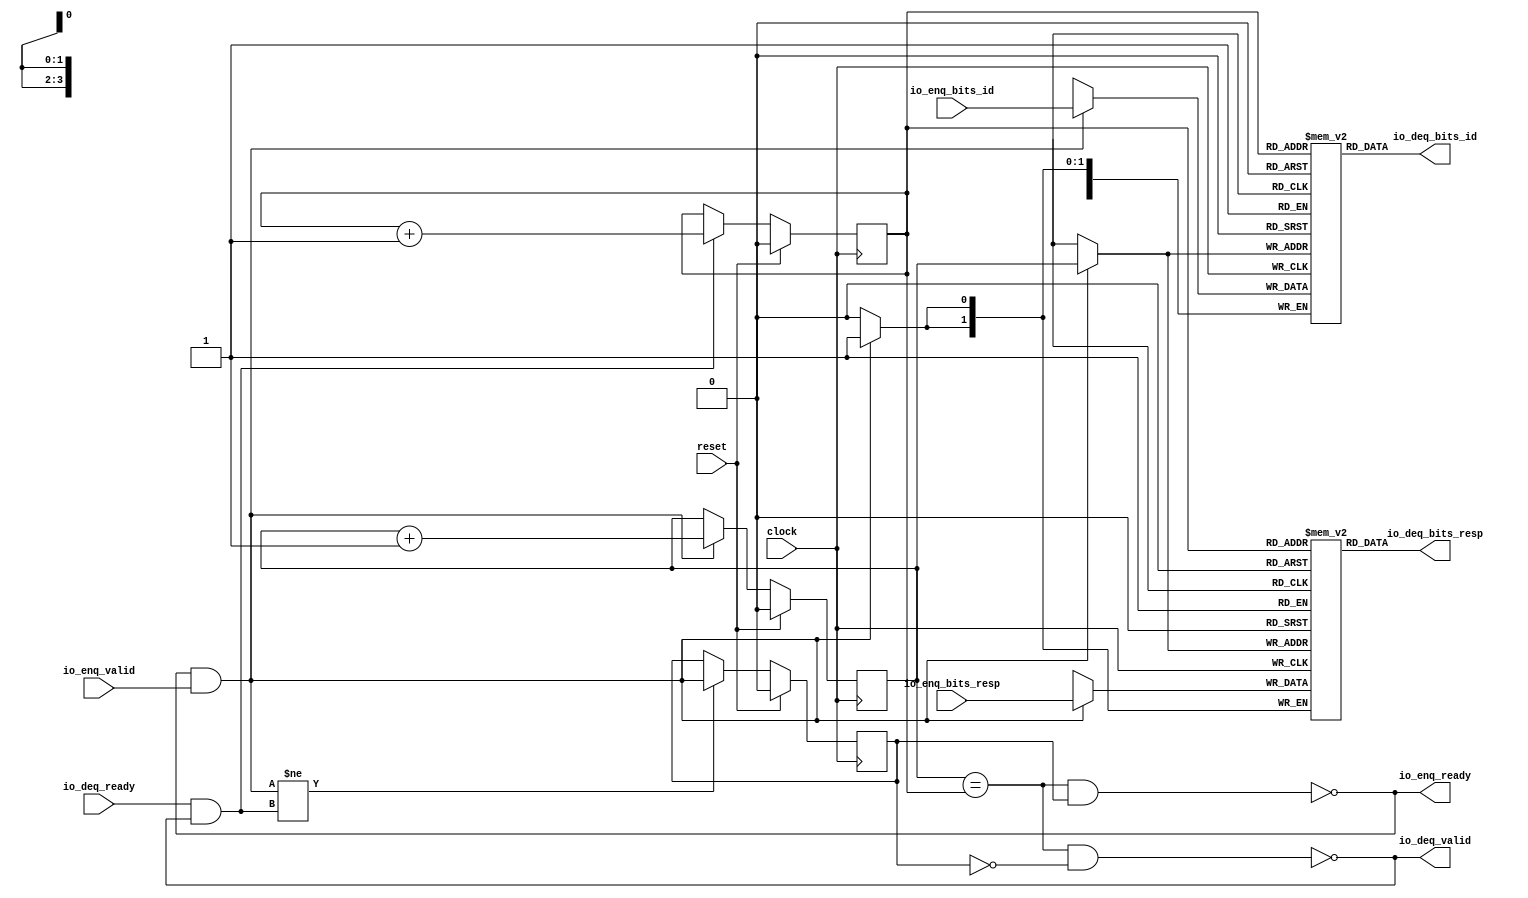
module Queue_2( // @[:freechips.rocketchip.system.DefaultRV32Config.fir@22471.2]
  input        clock, // @[:freechips.rocketchip.system.DefaultRV32Config.fir@22472.4]
  input        reset, // @[:freechips.rocketchip.system.DefaultRV32Config.fir@22473.4]
  output       io_enq_ready, // @[:freechips.rocketchip.system.DefaultRV32Config.fir@22474.4]
  input        io_enq_valid, // @[:freechips.rocketchip.system.DefaultRV32Config.fir@22474.4]
  input  [3:0] io_enq_bits_id, // @[:freechips.rocketchip.system.DefaultRV32Config.fir@22474.4]
  input  [1:0] io_enq_bits_resp, // @[:freechips.rocketchip.system.DefaultRV32Config.fir@22474.4]
  input        io_deq_ready, // @[:freechips.rocketchip.system.DefaultRV32Config.fir@22474.4]
  output       io_deq_valid, // @[:freechips.rocketchip.system.DefaultRV32Config.fir@22474.4]
  output [3:0] io_deq_bits_id, // @[:freechips.rocketchip.system.DefaultRV32Config.fir@22474.4]
  output [1:0] io_deq_bits_resp // @[:freechips.rocketchip.system.DefaultRV32Config.fir@22474.4]
);
`ifdef RANDOMIZE_MEM_INIT
  reg [31:0] _RAND_0;
  reg [31:0] _RAND_1;
`endif // RANDOMIZE_MEM_INIT
`ifdef RANDOMIZE_REG_INIT
  reg [31:0] _RAND_2;
  reg [31:0] _RAND_3;
  reg [31:0] _RAND_4;
`endif // RANDOMIZE_REG_INIT
  reg [3:0] ram_id [0:1]; // @[Decoupled.scala 209:16:freechips.rocketchip.system.DefaultRV32Config.fir@22476.4]
  wire [3:0] ram_id__T_15_data; // @[Decoupled.scala 209:16:freechips.rocketchip.system.DefaultRV32Config.fir@22476.4]
  wire  ram_id__T_15_addr; // @[Decoupled.scala 209:16:freechips.rocketchip.system.DefaultRV32Config.fir@22476.4]
  wire [3:0] ram_id__T_5_data; // @[Decoupled.scala 209:16:freechips.rocketchip.system.DefaultRV32Config.fir@22476.4]
  wire  ram_id__T_5_addr; // @[Decoupled.scala 209:16:freechips.rocketchip.system.DefaultRV32Config.fir@22476.4]
  wire  ram_id__T_5_mask; // @[Decoupled.scala 209:16:freechips.rocketchip.system.DefaultRV32Config.fir@22476.4]
  wire  ram_id__T_5_en; // @[Decoupled.scala 209:16:freechips.rocketchip.system.DefaultRV32Config.fir@22476.4]
  reg [1:0] ram_resp [0:1]; // @[Decoupled.scala 209:16:freechips.rocketchip.system.DefaultRV32Config.fir@22476.4]
  wire [1:0] ram_resp__T_15_data; // @[Decoupled.scala 209:16:freechips.rocketchip.system.DefaultRV32Config.fir@22476.4]
  wire  ram_resp__T_15_addr; // @[Decoupled.scala 209:16:freechips.rocketchip.system.DefaultRV32Config.fir@22476.4]
  wire [1:0] ram_resp__T_5_data; // @[Decoupled.scala 209:16:freechips.rocketchip.system.DefaultRV32Config.fir@22476.4]
  wire  ram_resp__T_5_addr; // @[Decoupled.scala 209:16:freechips.rocketchip.system.DefaultRV32Config.fir@22476.4]
  wire  ram_resp__T_5_mask; // @[Decoupled.scala 209:16:freechips.rocketchip.system.DefaultRV32Config.fir@22476.4]
  wire  ram_resp__T_5_en; // @[Decoupled.scala 209:16:freechips.rocketchip.system.DefaultRV32Config.fir@22476.4]
  reg  _T; // @[Counter.scala 29:33:freechips.rocketchip.system.DefaultRV32Config.fir@22477.4]
  reg  _T_1; // @[Counter.scala 29:33:freechips.rocketchip.system.DefaultRV32Config.fir@22478.4]
  reg  maybe_full; // @[Decoupled.scala 212:27:freechips.rocketchip.system.DefaultRV32Config.fir@22479.4]
  wire  ptr_match; // @[Decoupled.scala 214:33:freechips.rocketchip.system.DefaultRV32Config.fir@22480.4]
  wire  _T_2; // @[Decoupled.scala 215:28:freechips.rocketchip.system.DefaultRV32Config.fir@22481.4]
  wire  empty; // @[Decoupled.scala 215:25:freechips.rocketchip.system.DefaultRV32Config.fir@22482.4]
  wire  full; // @[Decoupled.scala 216:24:freechips.rocketchip.system.DefaultRV32Config.fir@22483.4]
  wire  do_enq; // @[Decoupled.scala 40:37:freechips.rocketchip.system.DefaultRV32Config.fir@22484.4]
  wire  do_deq; // @[Decoupled.scala 40:37:freechips.rocketchip.system.DefaultRV32Config.fir@22487.4]
  wire  _T_8; // @[Counter.scala 39:22:freechips.rocketchip.system.DefaultRV32Config.fir@22496.6]
  wire  _T_11; // @[Counter.scala 39:22:freechips.rocketchip.system.DefaultRV32Config.fir@22502.6]
  wire  _T_12; // @[Decoupled.scala 227:16:freechips.rocketchip.system.DefaultRV32Config.fir@22505.4]
  assign ram_id__T_15_addr = _T_1;
  assign ram_id__T_15_data = ram_id[ram_id__T_15_addr]; // @[Decoupled.scala 209:16:freechips.rocketchip.system.DefaultRV32Config.fir@22476.4]
  assign ram_id__T_5_data = io_enq_bits_id;
  assign ram_id__T_5_addr = _T;
  assign ram_id__T_5_mask = 1'h1;
  assign ram_id__T_5_en = io_enq_ready & io_enq_valid;
  assign ram_resp__T_15_addr = _T_1;
  assign ram_resp__T_15_data = ram_resp[ram_resp__T_15_addr]; // @[Decoupled.scala 209:16:freechips.rocketchip.system.DefaultRV32Config.fir@22476.4]
  assign ram_resp__T_5_data = io_enq_bits_resp;
  assign ram_resp__T_5_addr = _T;
  assign ram_resp__T_5_mask = 1'h1;
  assign ram_resp__T_5_en = io_enq_ready & io_enq_valid;
  assign ptr_match = _T == _T_1; // @[Decoupled.scala 214:33:freechips.rocketchip.system.DefaultRV32Config.fir@22480.4]
  assign _T_2 = ~maybe_full; // @[Decoupled.scala 215:28:freechips.rocketchip.system.DefaultRV32Config.fir@22481.4]
  assign empty = ptr_match & _T_2; // @[Decoupled.scala 215:25:freechips.rocketchip.system.DefaultRV32Config.fir@22482.4]
  assign full = ptr_match & maybe_full; // @[Decoupled.scala 216:24:freechips.rocketchip.system.DefaultRV32Config.fir@22483.4]
  assign do_enq = io_enq_ready & io_enq_valid; // @[Decoupled.scala 40:37:freechips.rocketchip.system.DefaultRV32Config.fir@22484.4]
  assign do_deq = io_deq_ready & io_deq_valid; // @[Decoupled.scala 40:37:freechips.rocketchip.system.DefaultRV32Config.fir@22487.4]
  assign _T_8 = _T + 1'h1; // @[Counter.scala 39:22:freechips.rocketchip.system.DefaultRV32Config.fir@22496.6]
  assign _T_11 = _T_1 + 1'h1; // @[Counter.scala 39:22:freechips.rocketchip.system.DefaultRV32Config.fir@22502.6]
  assign _T_12 = do_enq != do_deq; // @[Decoupled.scala 227:16:freechips.rocketchip.system.DefaultRV32Config.fir@22505.4]
  assign io_enq_ready = ~full; // @[Decoupled.scala 232:16:freechips.rocketchip.system.DefaultRV32Config.fir@22512.4]
  assign io_deq_valid = ~empty; // @[Decoupled.scala 231:16:freechips.rocketchip.system.DefaultRV32Config.fir@22510.4]
  assign io_deq_bits_id = ram_id__T_15_data; // @[Decoupled.scala 233:15:freechips.rocketchip.system.DefaultRV32Config.fir@22515.4]
  assign io_deq_bits_resp = ram_resp__T_15_data; // @[Decoupled.scala 233:15:freechips.rocketchip.system.DefaultRV32Config.fir@22514.4]
`ifdef RANDOMIZE_GARBAGE_ASSIGN
`define RANDOMIZE
`endif
`ifdef RANDOMIZE_INVALID_ASSIGN
`define RANDOMIZE
`endif
`ifdef RANDOMIZE_REG_INIT
`define RANDOMIZE
`endif
`ifdef RANDOMIZE_MEM_INIT
`define RANDOMIZE
`endif
`ifndef RANDOM
`define RANDOM $random
`endif
`ifdef RANDOMIZE_MEM_INIT
  integer initvar;
`endif
`ifndef SYNTHESIS
`ifdef FIRRTL_BEFORE_INITIAL
`FIRRTL_BEFORE_INITIAL
`endif
initial begin
  `ifdef RANDOMIZE
    `ifdef INIT_RANDOM
      `INIT_RANDOM
    `endif
    `ifndef VERILATOR
      `ifdef RANDOMIZE_DELAY
        #`RANDOMIZE_DELAY begin end
      `else
        #0.002 begin end
      `endif
    `endif
`ifdef RANDOMIZE_MEM_INIT
  _RAND_0 = {1{`RANDOM}};
  for (initvar = 0; initvar < 2; initvar = initvar+1)
    ram_id[initvar] = _RAND_0[3:0];
  _RAND_1 = {1{`RANDOM}};
  for (initvar = 0; initvar < 2; initvar = initvar+1)
    ram_resp[initvar] = _RAND_1[1:0];
`endif // RANDOMIZE_MEM_INIT
`ifdef RANDOMIZE_REG_INIT
  _RAND_2 = {1{`RANDOM}};
  _T = _RAND_2[0:0];
  _RAND_3 = {1{`RANDOM}};
  _T_1 = _RAND_3[0:0];
  _RAND_4 = {1{`RANDOM}};
  maybe_full = _RAND_4[0:0];
`endif // RANDOMIZE_REG_INIT
  `endif // RANDOMIZE
end // initial
`ifdef FIRRTL_AFTER_INITIAL
`FIRRTL_AFTER_INITIAL
`endif
`endif // SYNTHESIS
  always @(posedge clock) begin
    if(ram_id__T_5_en & ram_id__T_5_mask) begin
      ram_id[ram_id__T_5_addr] <= ram_id__T_5_data; // @[Decoupled.scala 209:16:freechips.rocketchip.system.DefaultRV32Config.fir@22476.4]
    end
    if(ram_resp__T_5_en & ram_resp__T_5_mask) begin
      ram_resp[ram_resp__T_5_addr] <= ram_resp__T_5_data; // @[Decoupled.scala 209:16:freechips.rocketchip.system.DefaultRV32Config.fir@22476.4]
    end
    if (reset) begin
      _T <= 1'h0;
    end else if (do_enq) begin
      _T <= _T_8;
    end
    if (reset) begin
      _T_1 <= 1'h0;
    end else if (do_deq) begin
      _T_1 <= _T_11;
    end
    if (reset) begin
      maybe_full <= 1'h0;
    end else if (_T_12) begin
      maybe_full <= do_enq;
    end
  end
endmodule